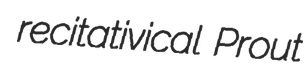
recitativical Prout